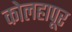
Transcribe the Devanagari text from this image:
कोलहापूर